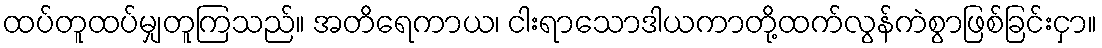
ထပ်တူထပ်မျှတူကြသည်။ အတိရေကာယ၊ ငါးရာသောဒါယကာတို့ထက်လွန်ကဲစွာဖြစ်ခြင်းငှာ။